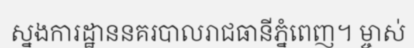
ស្នងការដ្ឋាននគរបាលរាជធានីភ្នំពេញ។ ម្ចាស់